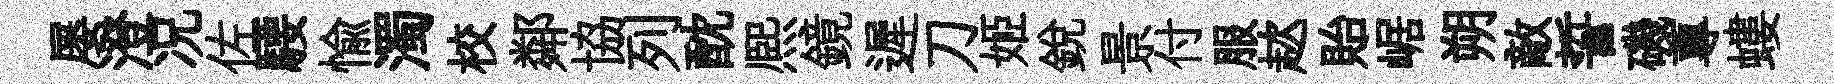
屡澄况佐騕愉濁校鄰協列酖熈鏡遲刀姬銳景付服趑貽崌朔敵誓磯蓴螻